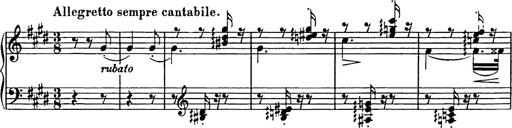
Title: Consolations
Composer: Franz Liszt